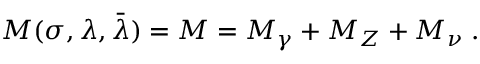
{ \cal M } ( \sigma , \lambda , \bar { \lambda } ) = { \cal M } = { \cal M } _ { \gamma } + { \cal M } _ { Z } + { \cal M } _ { \nu } \; .